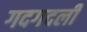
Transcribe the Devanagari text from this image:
गदगदली